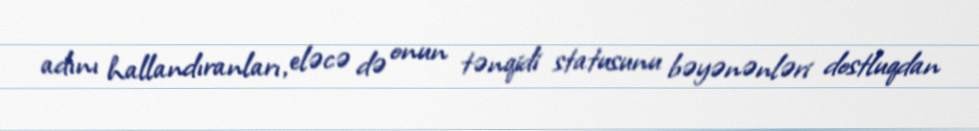
adını hallandıranları, eləcə də onun tənqidi statusunu bəyənənləri dostluqdan